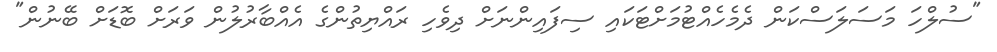
"ސުލްހަ މަސަލަސްކަން ދެމެހެއްޓުމަށްޓަކައި ސިފައިންނަށް ދިވެހި ރައްޔިތުންގެ އެއްބާރުލުން ވަރަށް ބޮޑަށް ބޭނުން"